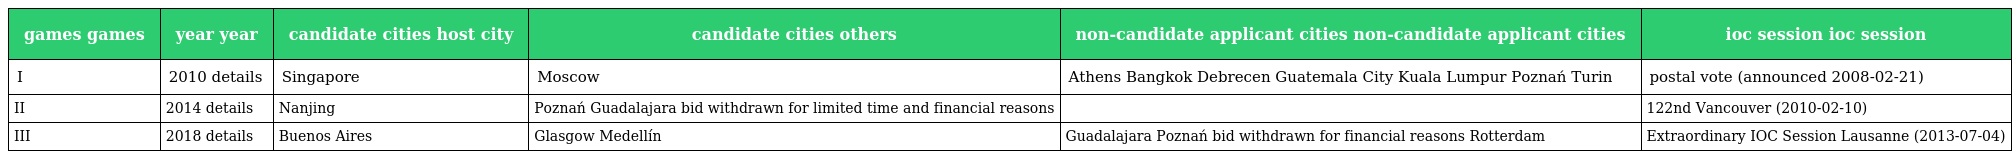
| games games | year year | candidate cities host city | candidate cities others | non-candidate applicant cities non-candidate applicant cities | ioc session ioc session |
 | --- | --- | --- | --- | --- | --- |
 | I | 2010 details | Singapore | Moscow | Athens Bangkok Debrecen Guatemala City Kuala Lumpur Poznań Turin | postal vote (announced 2008-02-21) |
 | II | 2014 details | Nanjing | Poznań Guadalajara bid withdrawn for limited time and financial reasons |  | 122nd Vancouver (2010-02-10) |
 | III | 2018 details | Buenos Aires | Glasgow Medellín | Guadalajara Poznań bid withdrawn for financial reasons Rotterdam | Extraordinary IOC Session Lausanne (2013-07-04) |